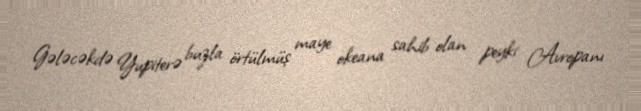
Gələcəkdə Yupiterə buzla örtülmüş maye okeana sahib olan peyki Avropanı